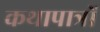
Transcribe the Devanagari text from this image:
कथापात्रों